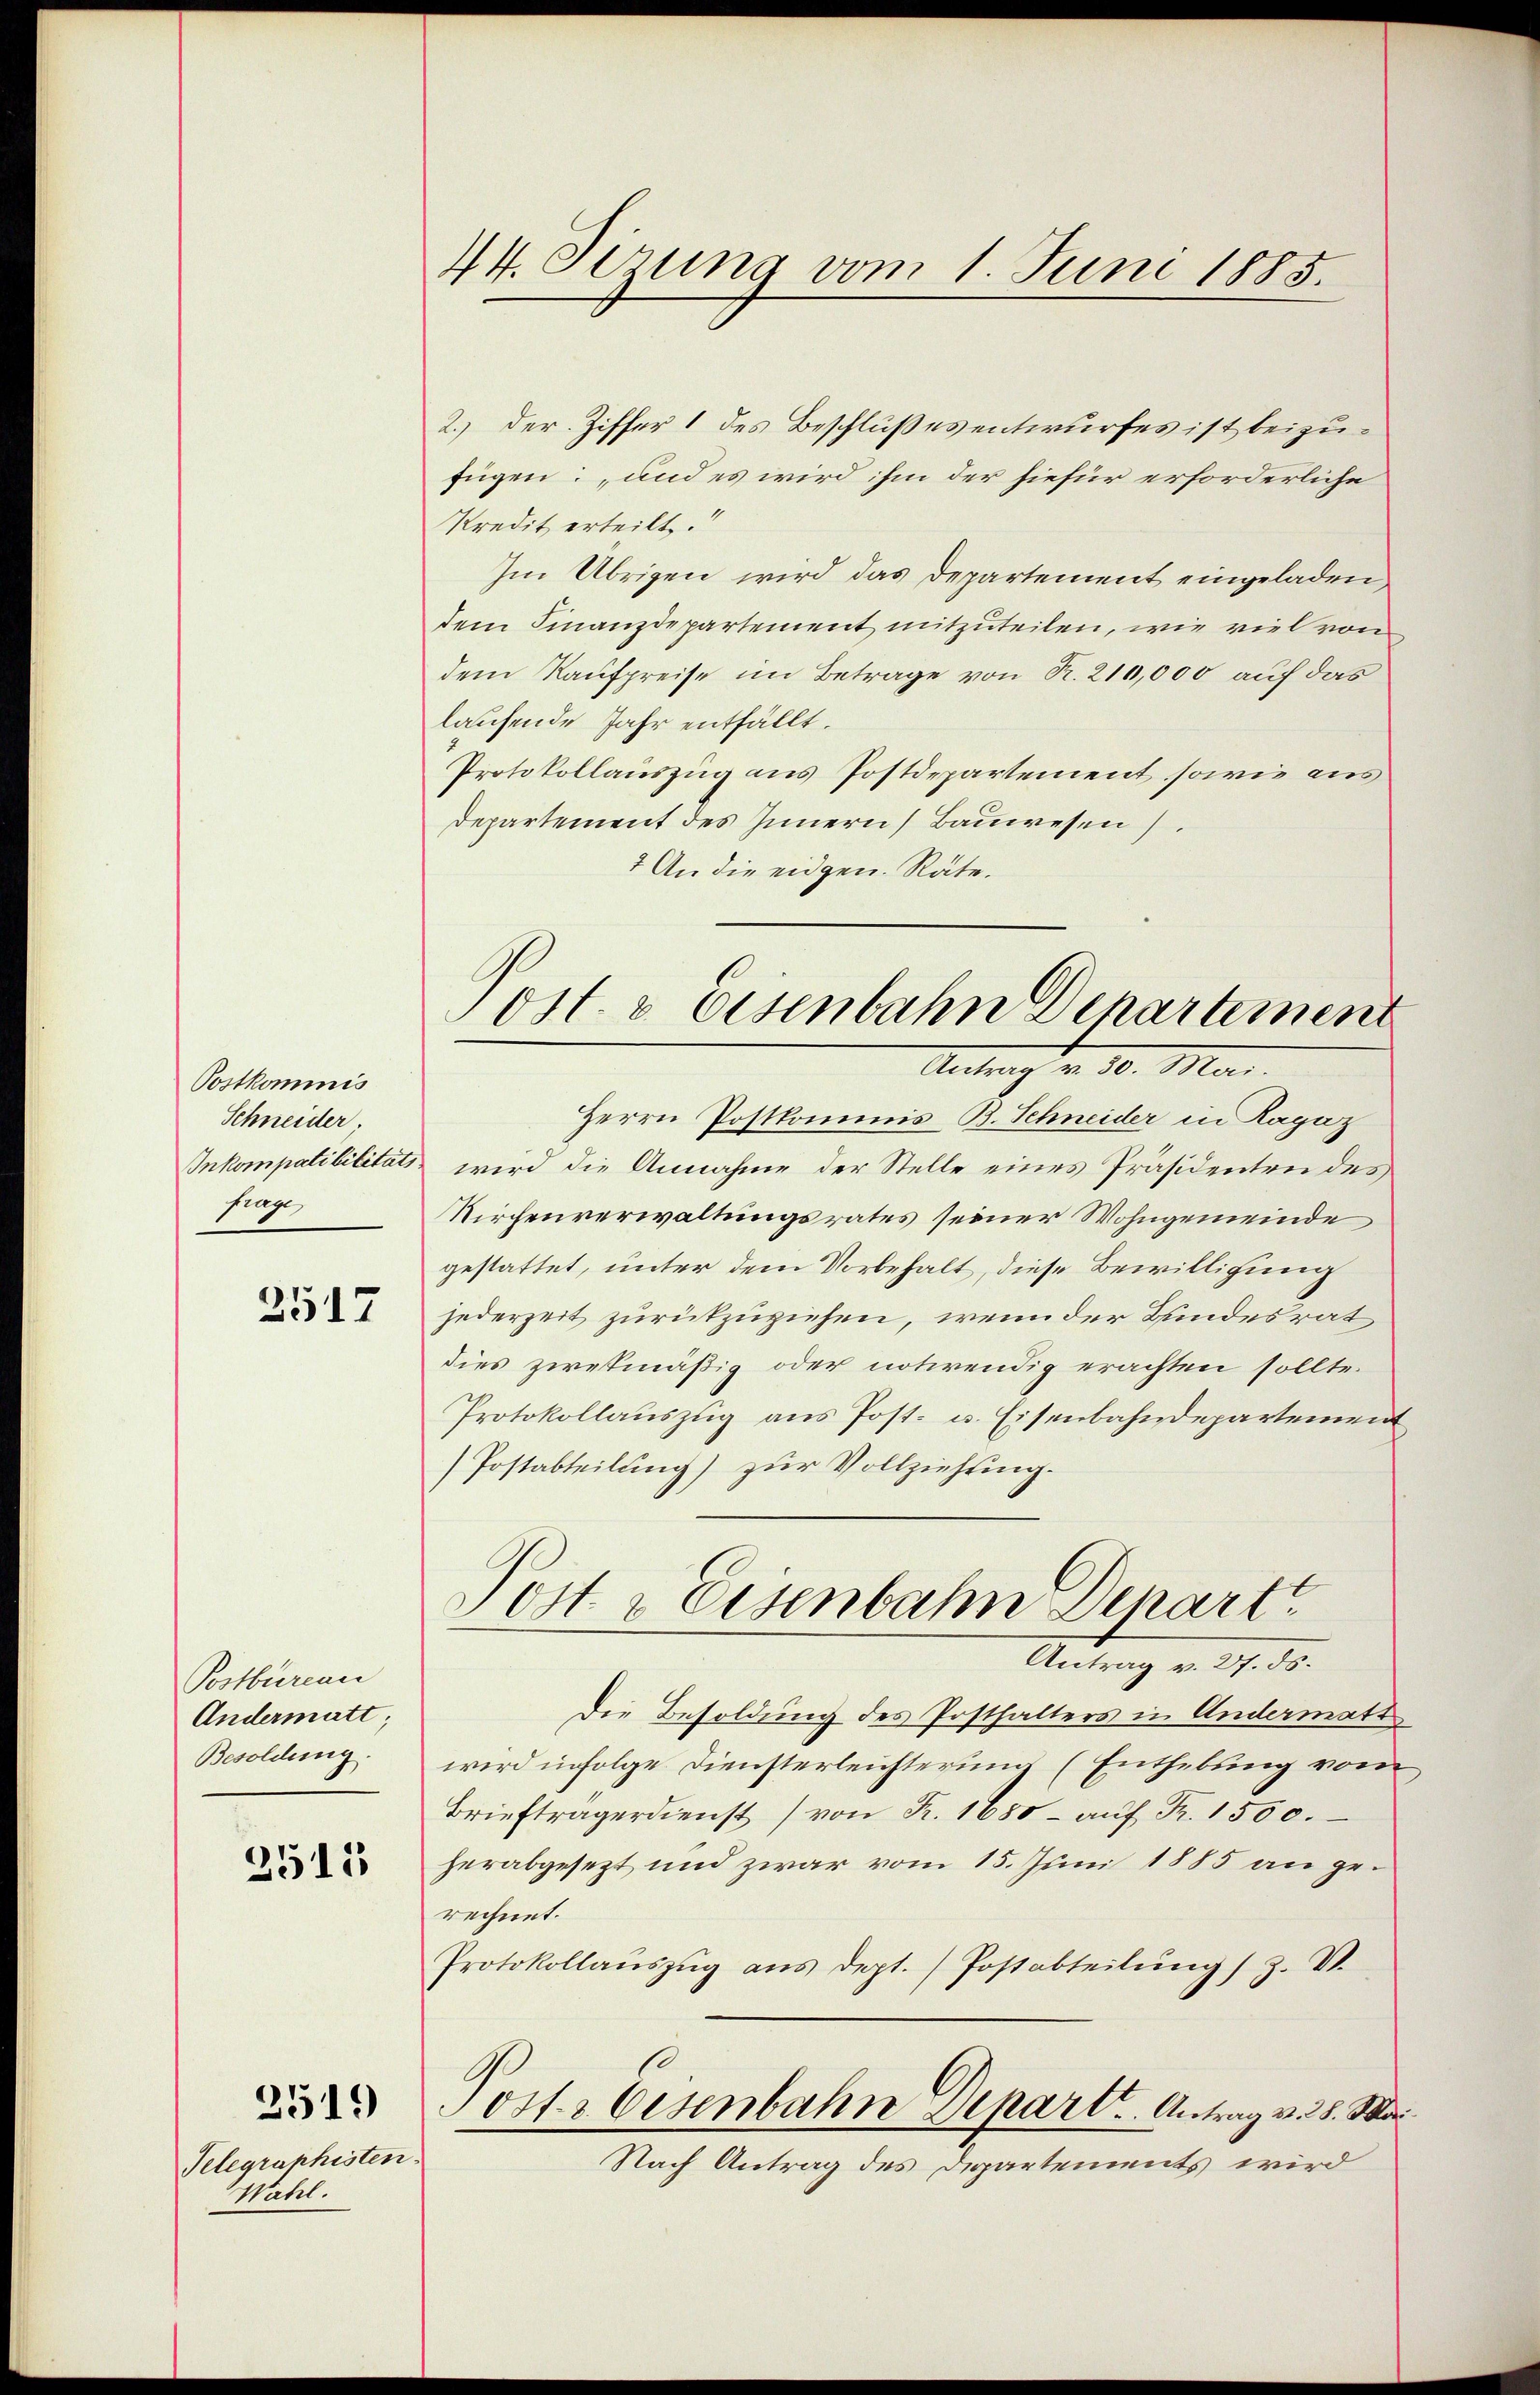
Postkommis
Schneider,
Inkompatibilitäts
frage

2517

Postbureau
Andermatt
Besoldung.

2515

2519)

Telegraphisten.
Wahl.

44. Sizung vom 1. Juni 1885.

ost. v. Eisenbahn Departement
AMa

2.) Der Ziffer 1 des Beschlußes entwurfes ist beizufügen: und es wird ihm der hiefür erforderliche
Kredit erteilt.
Im Übrigen wird das Departement eingeladen,
dem Finanzdepartement mitzuteilen, wie viel von
dem Kaufpreise im Betrage von R. 210,000 auf das
laufende Jahr entfällt.
Protokollauszug aus Postdepartement, sowie aus
Departement des Innern Bauwesen.
7 An die eidgen. Räte.
Herrn Postkommnis-B. Schneider in Kapaz
wird die Annahme der Stelle eines Präsidenten des
Kirchenverwaltungsrates seiner Wohngemeinde
gestattet, unter dem Vorbehalt, diese Bewilligung
jederzeit zurückzuziehen, wenn der Bundesrat
dies zwekmäßig oder notwendig erachten sollte.
Protokollauszug aus Post- u. Eisenbahndepartement
Postabteilung) zur Vollziehung.
Post & Eisenbahn Denart
Antrag v. 11. ds.
Die Besoldung des Posthalters in Andermats
wird infolge Diensterleichterung (Enthebung vom
Briefträgerdienst von Fr. 1680- aŭf Fr. 1500.
herabgesezt und zwar vom 15. Juni 1885 an gerechnet.
Protokollaŭszŭg aŭs dept. / Postabteilŭng / Z. V.
Posts Eisenbahn Depart. Antrag v. 28. Mar¬
Nach Antrag des Departements wird